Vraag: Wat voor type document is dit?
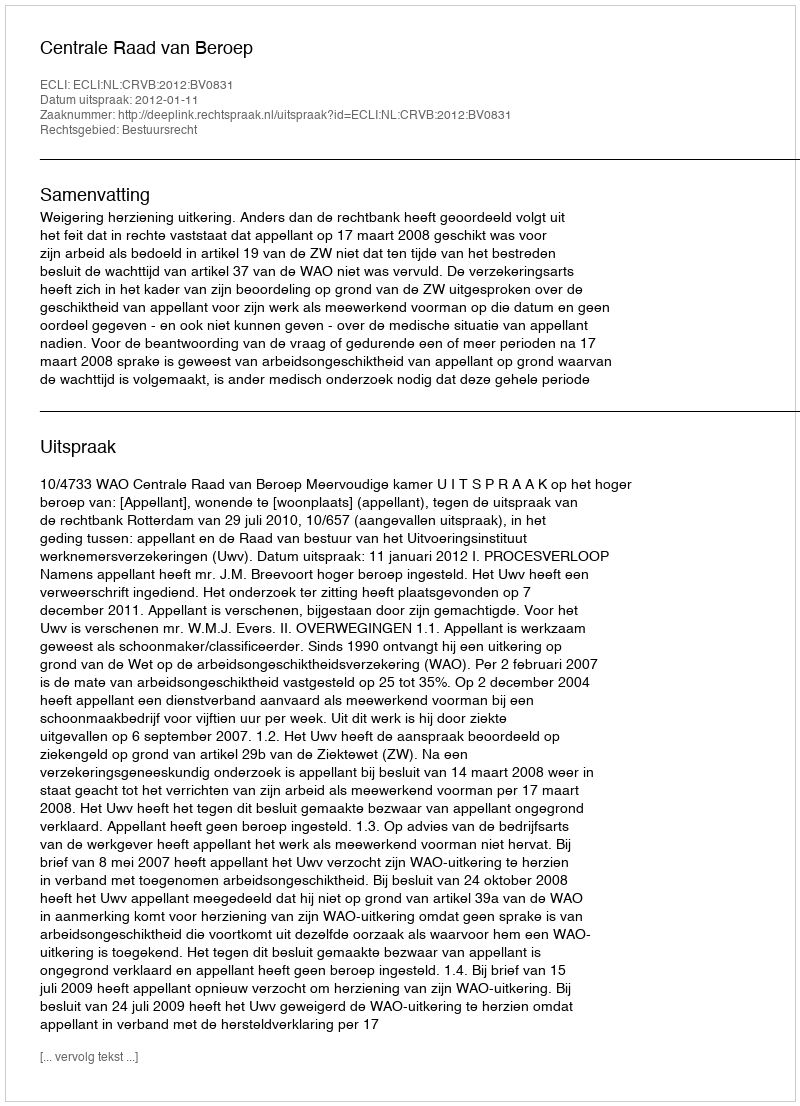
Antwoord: Uitspraak